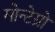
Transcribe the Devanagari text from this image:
मोन्टेग्रो